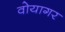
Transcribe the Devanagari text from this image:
वोयागर